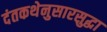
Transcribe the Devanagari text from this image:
दंतकथेनुसारसुद्धा